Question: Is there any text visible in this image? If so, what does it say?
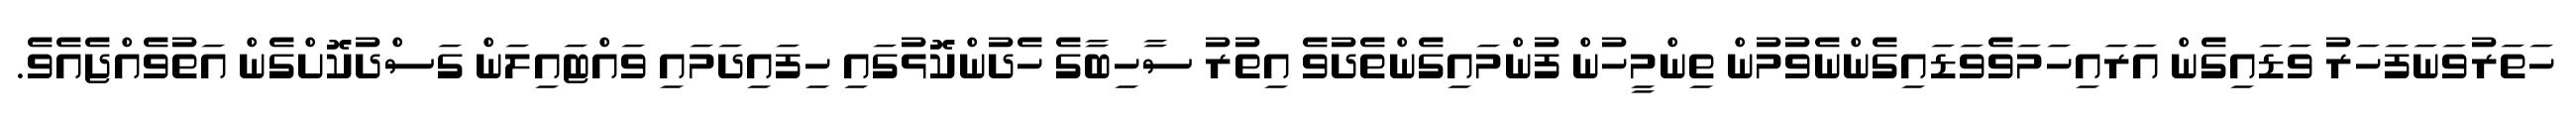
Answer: ހަތަރުވަނަފަހަރު ވަޑައިގެން އަރައިހަމަވެވަޑައިގެންނެވުމުން ތިންމީހުން ފުންމައިގެންތެދުވެ އިތުރު ސާހިބާގެ ހެދުންކޮޅުގައި ހިފައިދަމައި ވައްޓައިލަން ގަސްދުކޮށްގެން އަތުވެއްޖެއެވެ.